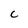
Character: C